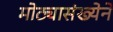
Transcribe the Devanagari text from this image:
मोठ्यासंख्येने